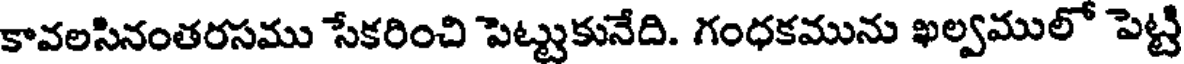
కావలసినంతరసము సేకరించి పెట్టుకునేది. గంధకమును ఖల్వములో పెట్టి